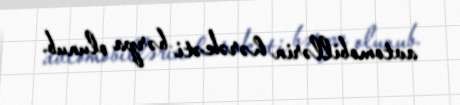
avtomobillərin hərəkəti bərpa olunub.